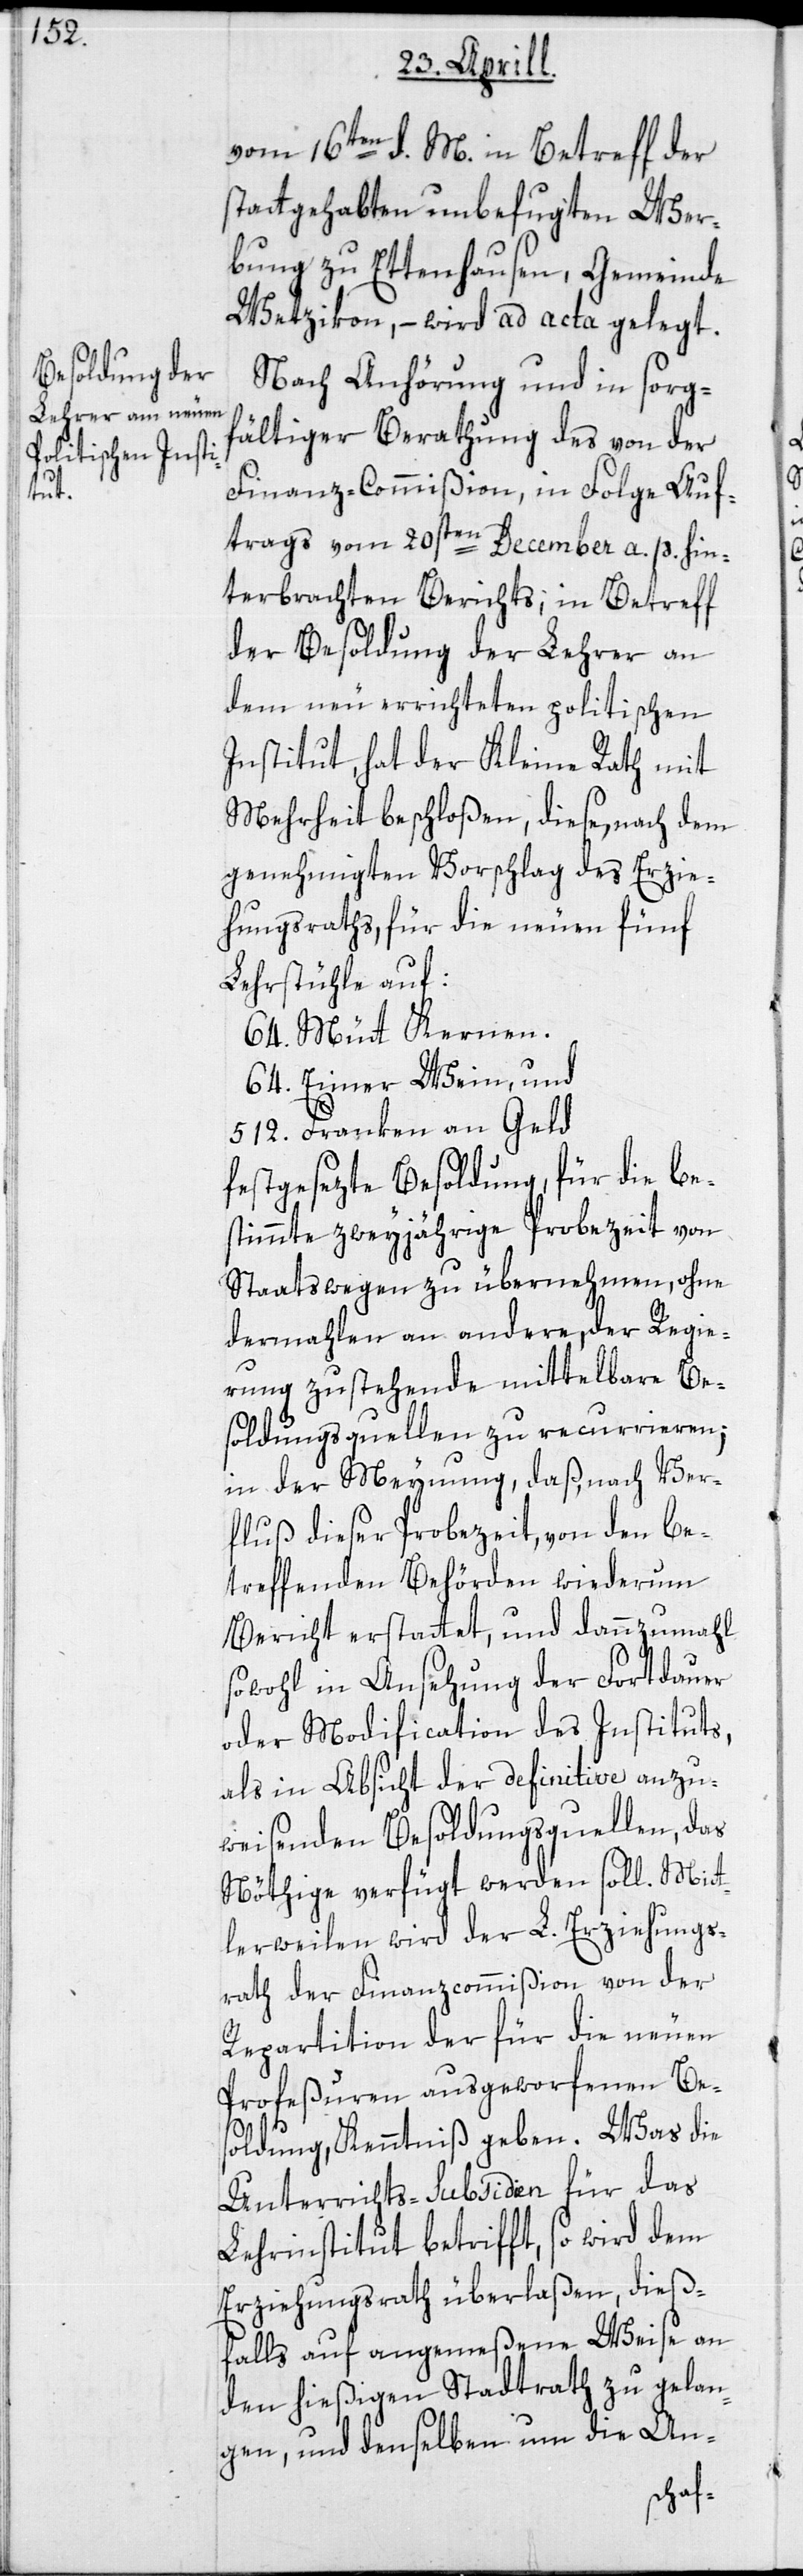
vom 16ten d. M. in Betreff der
stattgehabten unbefugten Wer¬
bung zu Ettenhausen, Gemeinde
Wetzikon, – wird ad acta gelegt.
Nach Anhörung und in sorg¬
fältiger Berathung des von der
Finanz-Commißion, in Folge Auf¬
trags vom 20sten December a. p. hin¬
terbrachten Berichts; in Betreff
der Besoldung der Lehrer an
dem neu errichteten politischen
Institut, hat der Kleine Rath mit
Mehrheit beschloßen, diese, nach dem
genehmigten Vorschlag des Erzie¬
hungsraths, für die neuen fünf
Lehrstühle auf
64. Mütt Kernen.
64. Eimer Wein, und
512 Franken an Geld
festgesezte Besoldung, für die be¬
stimmte zweyjährige Probezeit von
Staatswegen zu übernehmen, ohne
dermahlen an andere, der Regie¬
rung zustehende mittelbare Be¬
soldungsquellen zu recurrieren;
in der Meynung, daß, nach Ver¬
fluß dieser Probezeit, von den be¬
treffenden Behörden wiederum
Bericht erstattet, und dannzumahl
sowohl in Ansehung der Fortdauer
oder Modification des Instituts,
als in Absicht der definitive anzu¬
weisenden Besoldungsquellen, das
Nöthige verfügt werden soll. Mitt¬
lerweilen wird der L. Erziehungs¬
rath der Finanzcommißion von der
Repartition der für die neuen
Profeßuren ausgeworfenen Be¬
soldung, Kenntniß geben. Was die
Unterrichts-Subsidien für das
Lehrinstitut betrifft, so wird dem
Erziehungsrath überlaßen, dieß¬
falls auf angemeßene Weise an
den hießigen Stadtrath zu gelan¬
gen, und denselben um die An-